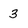
Character: 3